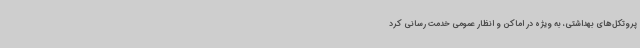
پروتکل‌های بهداشتی، به ویژه در اماکن و انظار عمومی خدمت رسانی کرد